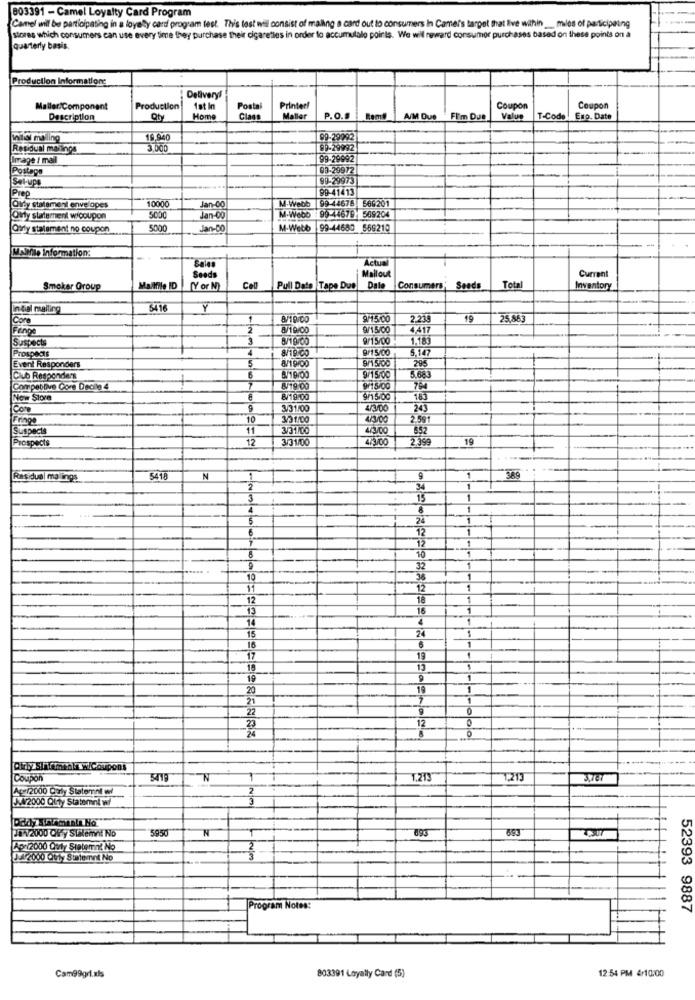
803391 - Camel Loyalty Card Program
Camel will be participating in a loyalty card program test. This tost will consist of maling a card out to consumers In Camer's target that live within __ miles of participating
stores which consumers can use every time they purchase their cigarettes in order to accumulalo points. We will reward consumer purchases based on these points on a
quarterly basis.
Production Information:
Delivery!
Maller/Component
Production
1st In
Postal
Printer!
Coupon
Coupon
Description
Qty
Home
Class
Maller
P.O.#
A/M Due
Fi'm Dus
Value
T-Code
Enp. Date
initisi malling
19.94
09-29992
Residual mailings
5.000
99-29992
Image / mall
99-29992
Postage
03-29972
Set-ups
99-20975
Prep
99-41413
10000
M-Webb 99-44678 566201
Oldy statement envelopes
Jan-C
Oldty statement wicoupon
5000
Jan-00
M-Webo : 99-44679- 509204
Oferty statement no coupon
5000
Jan-00
M-Webb 99-44680 669210
MAMle Information:
Actual
Sead
Mallout
Current
Smoker Group
Mallfile ID
TY or N)
Cell
Pull Date |Tape Due
Dal
Consumers
Seeds
Total
Inventory
In dal mailing
6416
Y
Core
8/10/00
9/15:00
2.235
19
25,863
Fenge
2
8/10/00
9/15/00
4,417
Suspects
9/15/00
1.183
4
9/15/00
5,147
Event Responders
8/19 00
9/1 5/00
5
295
Club Responders
9/15/00
5.683
Compeblive Core Decite 4
7
9/15/00
794
Now Store
8/19.00
143
Come
3/31/00
4/3/00
241
Fringe
10
331/00
2.59
Suspects
11
3/31/00
4/3/0
852
Prospects
12
3/31/00
4/3/00
2.399
19
Residue| malings
5418
1.
389
2
34
1
3
15
1
4
8
1
5
24
1
E
12
12
_1
10
9
32
1
36
1
12
12
18
13
16
14
4
15
24
16
6
17
19
13
19
1
20
1
22
9
12
23
24
0
City sinfmenka wiCoupons
Coupon
N
1,213
3.76T
Ac12000 Coly Statemnt w
2
KA/2000 QIty Statement w/
3
5850
N
893
693
JV2000 Qly Stalemnt No
Apri2000 0xt Statement No
04/2000 OM17 Statennt No
Program Notes:
52393 9887
12:54 PM 4/10:00
Cam99grl.xls
803391 Loyally Card (5)